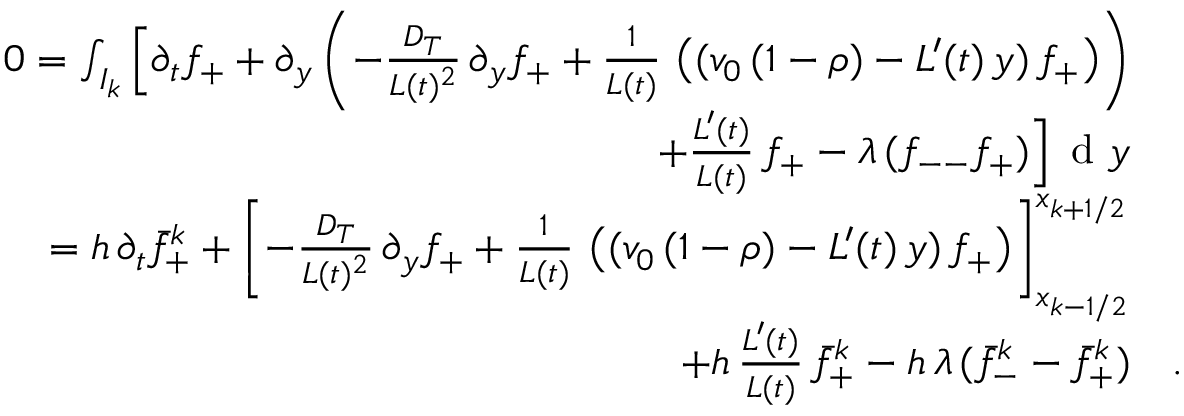
\begin{array} { r l } { 0 = \int _ { I _ { k } } \Big [ \partial _ { t } f _ { + } + \partial _ { y } \left( - \frac { D _ { T } } { L ( t ) ^ { 2 } } \, \partial _ { y } f _ { + } + \frac 1 { L ( t ) } \, \left( ( v _ { 0 } \, ( 1 - \rho ) - L ^ { \prime } ( t ) \, y ) \, f _ { + } \right) \right) } & { } \\ { + \frac { L ^ { \prime } ( t ) } { L ( t ) } \, f _ { + } - \lambda \, ( f _ { -- } f _ { + } ) \Big ] \, \textup { d } y } & { } \\ { = h \, \partial _ { t } \bar { f } _ { + } ^ { k } + \left[ - \frac { D _ { T } } { L ( t ) ^ { 2 } } \, \partial _ { y } f _ { + } + \frac 1 { L ( t ) } \, \left( ( v _ { 0 } \, ( 1 - \rho ) - L ^ { \prime } ( t ) \, y ) \, f _ { + } \right) \right] _ { x _ { k - 1 / 2 } } ^ { x _ { k + 1 / 2 } } } & { } \\ { + h \, \frac { L ^ { \prime } ( t ) } { L ( t ) } \, \bar { f } _ { + } ^ { k } - h \, \lambda \, ( \bar { f } _ { - } ^ { k } - \bar { f } _ { + } ^ { k } ) } & { . } \end{array}